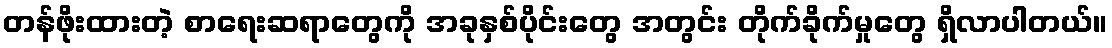
တန်ဖိုးထားတဲ့ စာရေးဆရာတွေကို အခုနှစ်ပိုင်းတွေ အတွင်း တိုက်ခိုက်မှုတွေ ရှိလာပါတယ်။